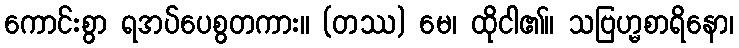
ကောင်းစွာ ရအပ်ပေစွတကား။ (တဿ) မေ၊ ထိုငါ၏။ သဗြဟ္မစာရိနော၊